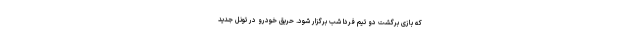
که بازی برگشت دو تیم فردا شب برگزار شود. حریق خودرو در تونل جدید